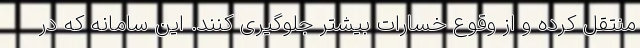
منتقل کرده و از وقوع خسارات بیشتر جلوگیری کنند. این سامانه که در